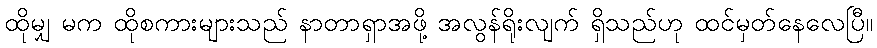
ထိုမျှ မက ထိုစကားများသည် နာတာရှာအဖို့ အလွန်ရိုးလျက် ရှိသည်ဟု ထင်မှတ်နေလေပြီ။